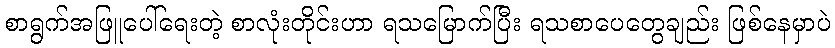
စာရွက်အဖြူပေါ်ရေးတဲ့ စာလုံးတိုင်းဟာ ရသမြောက်ပြီး ရသစာပေတွေချည်း ဖြစ်နေမှာပဲ